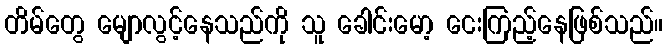
တိမ်တွေ မျောလွင့်နေသည်ကို သူ ခေါင်းမော့ ငေးကြည့်နေဖြစ်သည်။